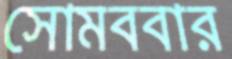
সোমববার